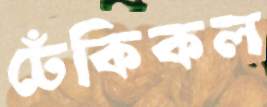
ঢেঁকিকল